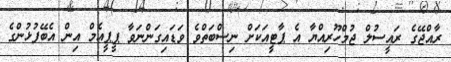
ރާއްޖޭގެ ރައީސުލް ޖުމްހޫރިއްޔާ އެ ޕާޓީއަކަށް ނިސްބަތްވެ ވަޑައިގަންނަވާ ޕީޕީއެމް އިން އެބޭފުޅުންގެ